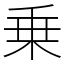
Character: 乗